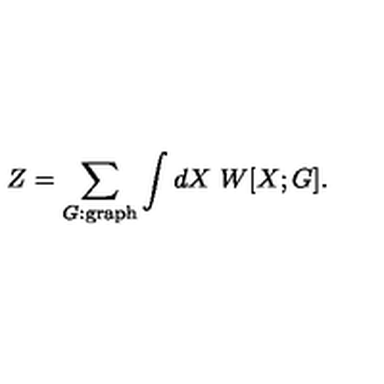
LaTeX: Z = \sum _ { G : \mathrm { g r a p h } } \int d X \ W [ X ; G ] .